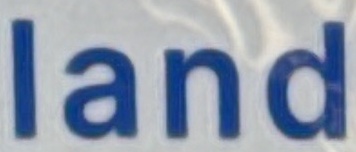
land